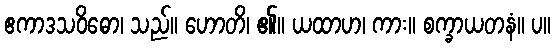
ဧကာဒသဝိဓော၊ သည်။ ဟောတိ၊ ၏။ ယထာဟ၊ ကား။ စက္ခာယတနံ။ ပ။